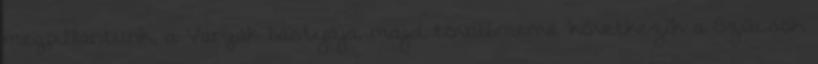
megpillantunk, a Vargák bástyája, majd továbbmenve következik a Szűcsök